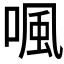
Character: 𠷕